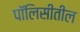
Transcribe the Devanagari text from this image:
पॉलिसीतील